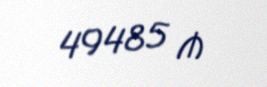
49485 ₼